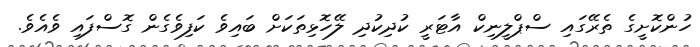
ހުންކޮށީގެ ތެރޭގައި ސްޕްލީނިކް އާޓަރީ ކުދިކުދި ލޭހޮޅިތަކަށް ބައިވެ ކަފިވެގެން ގޮސްފައި ވެއެވެ.